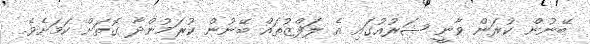
ބޭނުން ކުރަން ވާނީ ޝަރުއުގައި އެ ލަފްޒުތައް ބޭނުން ކުރަމުންދާ ގޮތަށް ކަމަށެވެ.